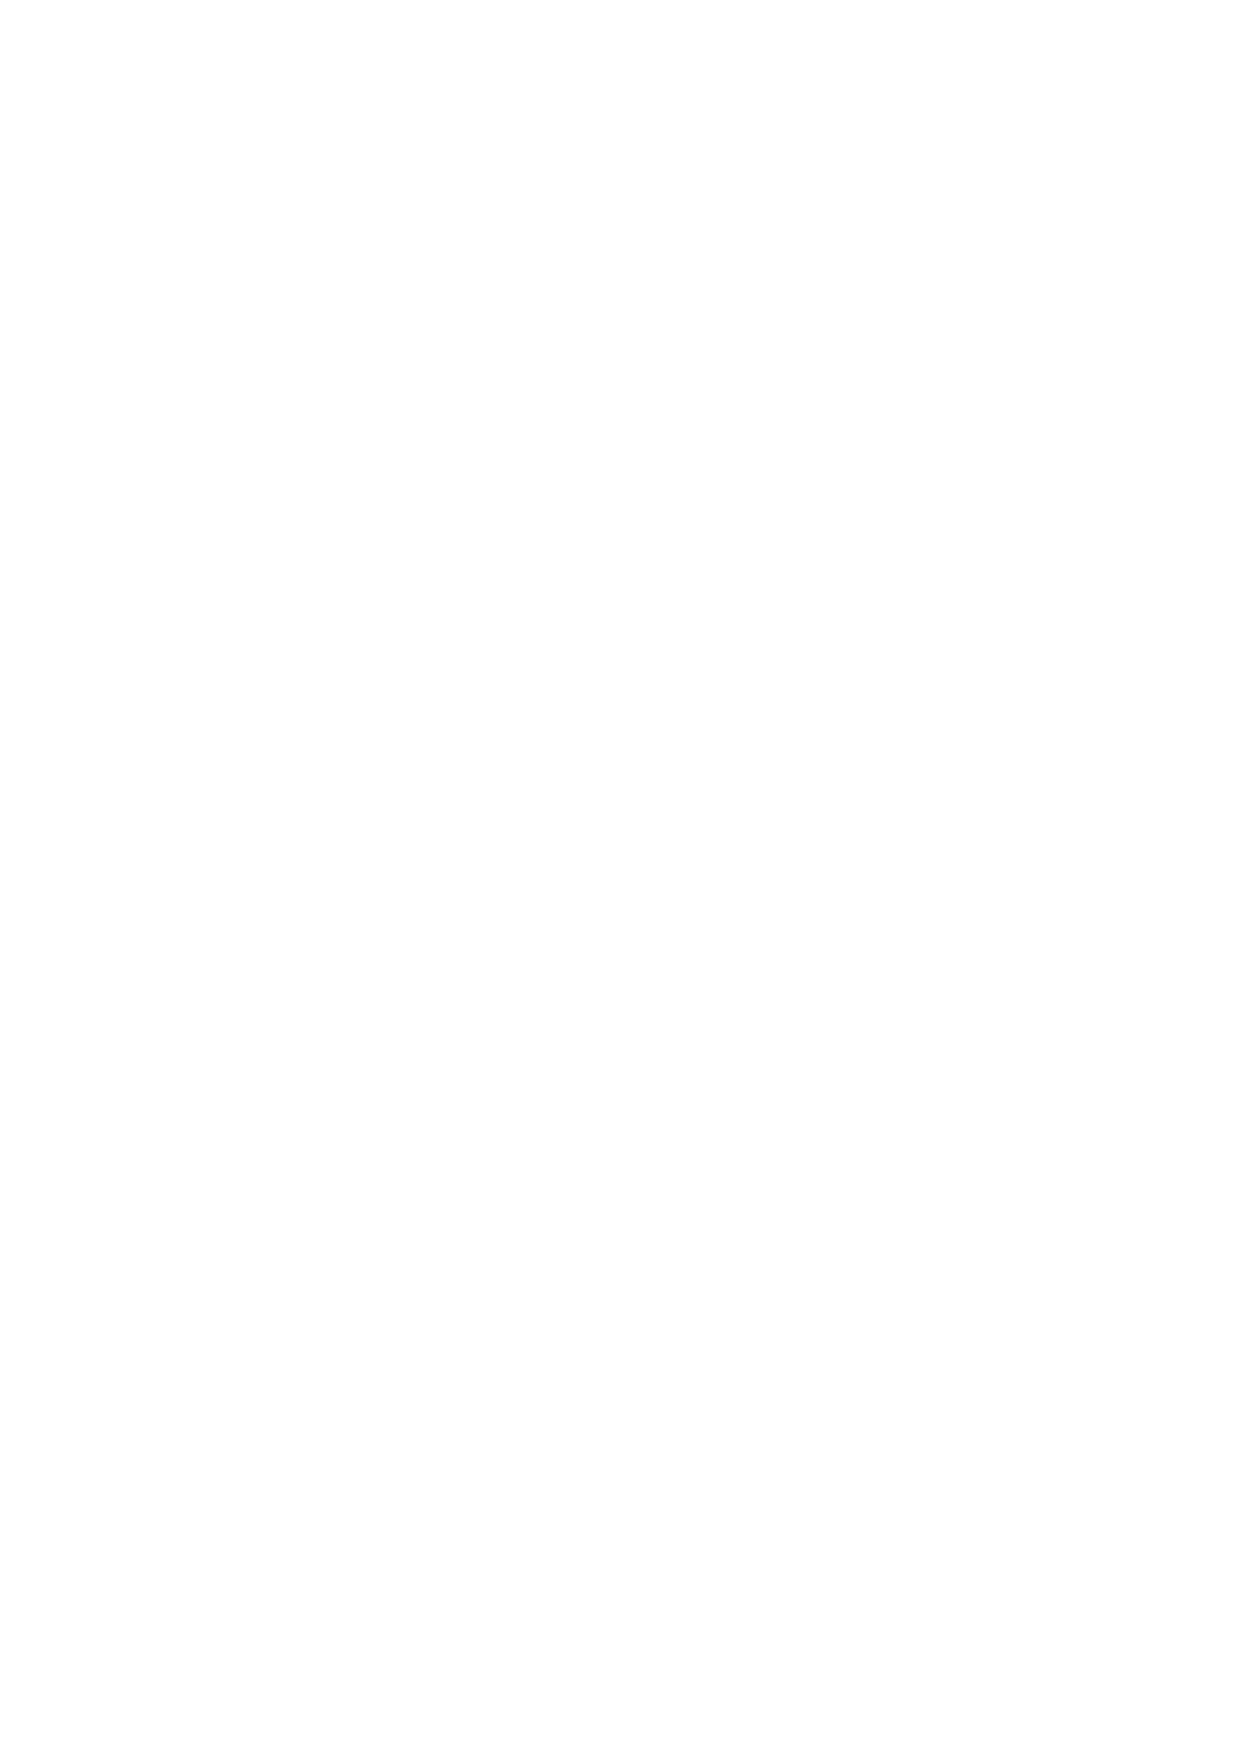
12. Transaction Specification
 12.1 The Contract Specifications provide important information in relation to each market offered by
 PandaStocks LTD and clients are strongly advised to ensure they understand them. The information
 provided in the Contract Specifications includes:
   Contract months available in each market;
   PandaStocks buy/sell spread and/or commission rate for each market;
   Min IMR requirements for each market;
   Basis of settlement;
   Last day of dealing;
   Transaction Size specifications;
   PandaStocks Quoting hours (in normal trading conditions the various trading times are
 set out in the Contract Specifications and all times stated in the Terms and Conditions
 and Contract Specifications relate to UK me);
   The applicable interest rate for Overnight Financing; and
   Other matters pertinent to various markets.
 12.2 PandaStocks has to the best of its ability insured that the Contract Specifications are correct but
 PandaStocks reserves the right to amend any part of the Contract Specifications at any time.
 12.3 Current spreads and/or commission rates on contracts will be quoted to you on request. PandaStocks
 has the right to vary spreads or commission rates on any contract or vary the Size specifications without
 notice especially in, but not limited to, volatile market conditions and/or illiquidity of the Underlying
 Market. At ICM's discretion quoted spreads made via the telephone may differ from the spreads
 available on an OTP or a DTP.
 13. Expiry of Future Contracts
 13.1 At PandaStocks LTD we do not roll-over dated OTC Future contracts. All positions that remain open at
 expiration will be closed at the PandaStocks closing price on that day. Next month contracts will be
 available for trading at least four days before front month expiration, therefore, it is the sole
 responsibility of the client to take notice of expiries and act accordingly.
 14. Account Settlement and Set Of
 14.1 If your account Balance is in debit, the full amount of that balance is due immediately. Payment must be
 made in the currency in which the debit balance is denominated (or by agreement with PandaStocks and
 at an exchange rate designated by PandaStocks the amount may be transferred in a currency of your
 choice).
 16
 v.1